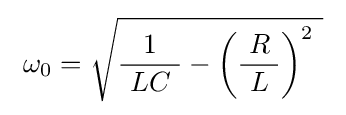
\ \omega _{0}={\sqrt {{\frac {1}{\ LC\ }}-\left({\frac {R}{\ L\ }}\right)^{2}~}}\